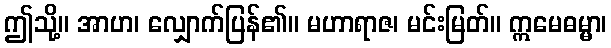
ဤသို့။ အာဟ၊ လျှောက်ပြန်၏။ မဟာရာဇ၊ မင်းမြတ်။ ဣမေဓမ္မာ၊